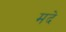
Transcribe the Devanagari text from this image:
मदे